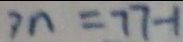
3 n = 7 7 - 1